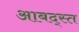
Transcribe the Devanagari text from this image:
आबद्स्त